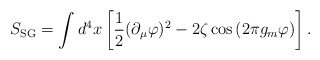
\begin{align*}S_{\rm SG}=\int d^4x\left[\frac12(\partial_\mu\varphi)^2-2\zeta\cos\left(2\pi g_m\varphi\right)\right].\end{align*}